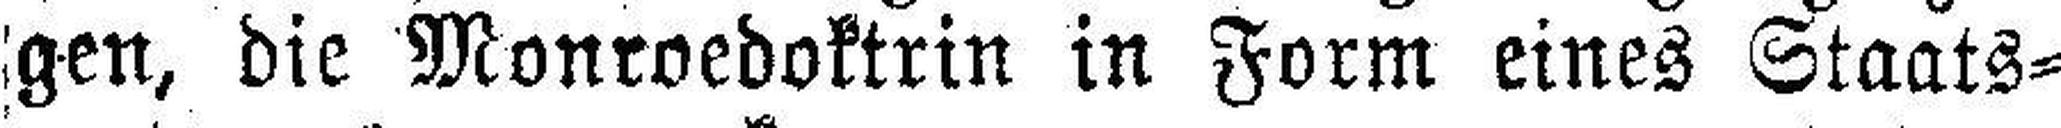
gen, die Monroedoktrin in Form eines Staats¬